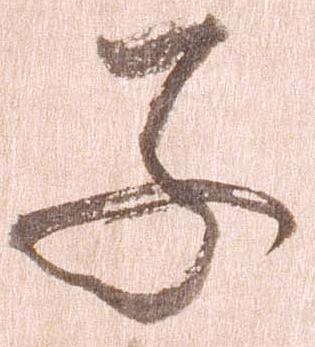
子